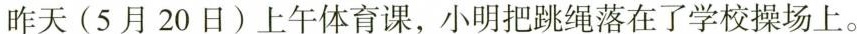
昨天(5月20日)上午体育课，小明把跳绳落在了学校操场上。